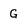
Character: G